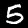
Digit: 5